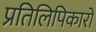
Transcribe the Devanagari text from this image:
प्रतिलिपिकारों